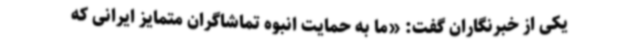
یکی از خبرنگاران گفت: «ما به حمایت انبوه تماشاگران متمایز ایرانی که